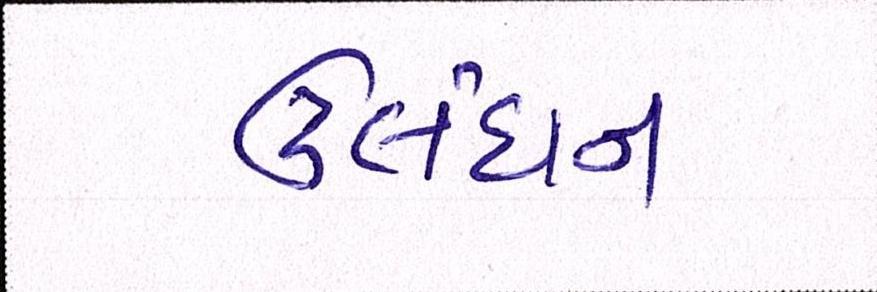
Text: ઉલંઘન